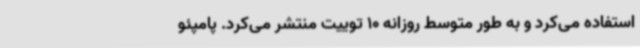
استفاده می‌کرد و به طور متوسط روزانه 10 توییت منتشر می‌کرد. پامپئو